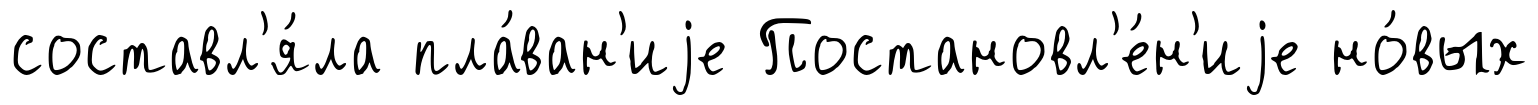
составл'я́ла пла́ван'иjе Постановл'е́н'иjе но́вых